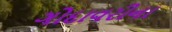
ગોદાવરીના